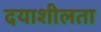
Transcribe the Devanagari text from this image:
दयाशीलता